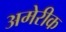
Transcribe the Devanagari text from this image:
अमेरीक